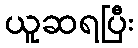
ယူဆရပြီး